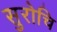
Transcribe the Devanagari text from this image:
सुरोचि